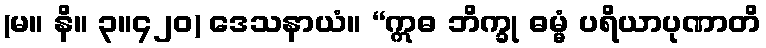
(မ။ နိ။ ၃။၄၂၀) ဒေသနာယံ။ “ဣဓ ဘိက္ခု ဓမ္မံ ပရိယာပုဏာတိ